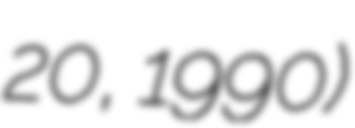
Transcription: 20, 1990)